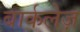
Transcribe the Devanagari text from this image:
बार्कलेज़